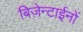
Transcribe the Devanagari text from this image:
बिज़ेन्टाईनों